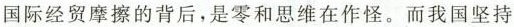
国际经贸摩擦的背后，是零和思维在作怪。而我国坚持